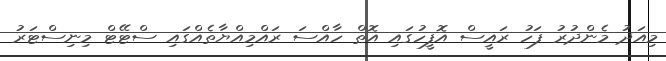
މިއަދު މެންދުރު ފަހު ރައީސް އޮފީހުގައި އޮތް ހާއްސަ ރައްމިއްޔާތެއްގައި ސްޓޭޓް މިނިސްޓަރު